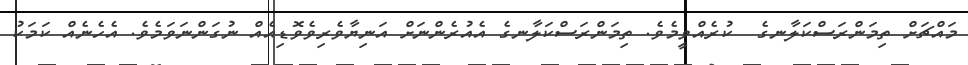
މައްޗަށް ތިމަންރަސްކަލާނގެ  ކުރެއްވީމެވެ. ތިމަންރަސްކަލާނގެ އެއުރެންނަށް އަނިޔާވެރިވެވޮޑިއެއް ނުގަންނަވަމެވެ. އެހެނެއް ކަމަކު